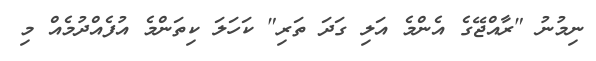
ނިމުނު "ރާއްޖޭގެ އެންމެ އަލި ގަދަ ތަރި" ކަހަލަ ކިތަންމެ އުފެއްދުމެއް މި